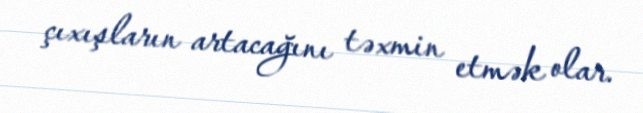
çıxışların artacağını təxmin etmək olar.